Leaving Certificate Examination, 1917, 1917
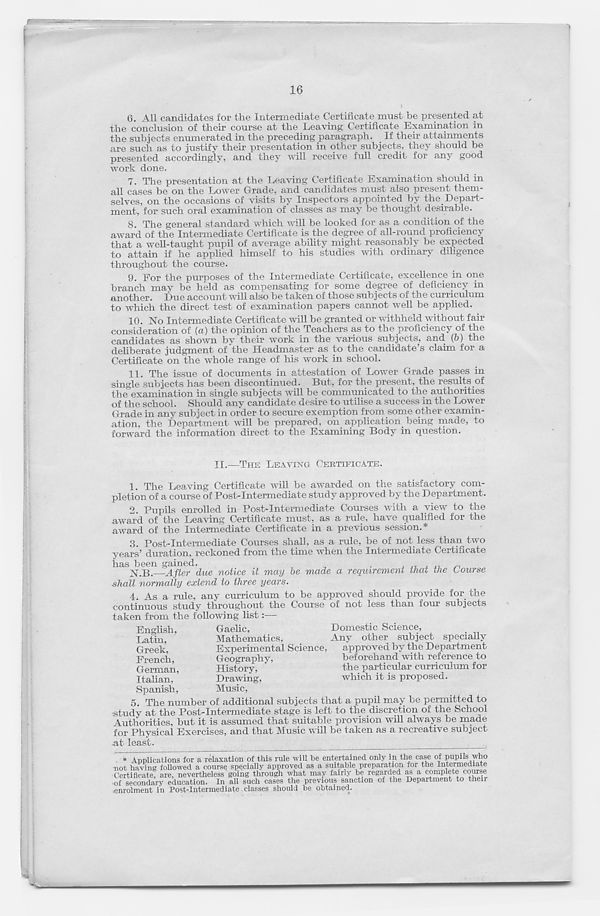
16
6. All candidates for the Intermediate Certificate must be presented at
the conclusion of their course at the Leaving Certificate Examination in
the subjects enumerated in the preceding paragraph. If their attainments
are such as to justify their presentation in other subjects, they should be
presented accordingly, and they will receive full credit for any good
work done.
7. The presentation at the Leaving Certificate Examination should in
all cases be on the Lower Grade, and candidates musi, also present them-
selves, on the occasions of visits by Inspectors appointed by the_ Depart-
ment, for such oral examination of classes as may be thought desirable.
8. The general standard which will be looked for as a condition of the
award of the Intermediate Certificate is the degree of all-round proficiency
that a well-taught pupil of average ability might reasonably be expected
to attain if he applied himself to his studies with ordinary diligence
throughout the course.
9. For the purposes of the Intermediate Certificate, excellence in one
branch may be held as compensating for some degree of deficiency in
another. Due account will also be taken of those subjects of the curriculum
to which the direct test of examination papers cannot well be applied.
10. No Intermediate Certificate will be granted or withheld without fair
consideration of {a) the opinion of the Teaehers as to the proficiency of the
candidates as shown by their work in the various subjects, and (5) the
deliberate judgment of the Headmaster as to the candidate’s claim for a
Certificate on the whole range of his work in school.
11. The issue of documents in attestation of Lower Grade passes in
single subjects has been discontinued. But, for the present, the results of
the examination in single subjects will be communicated to the authorities
of the school. Should any candidate desire to utilise a success in the Lower
Grade in anv subject in order to secure exemption from some other examin-
ation, the Department will be prepared, on application being made, to
forward the information direct to the Examining Body m question.
II.—THE LEAVING CERTIFICATE.
1. The Leaving Certificate will be awarded on the satisfactory com-
pletion of a course of Post-Intermediate study approved by the Department.
2. Pupils enrolled in Post-Intermediate Courses with a view to the
award of the Leaving Certificate must, as a rule, have qualified for the
award of the Intermediate Certificate in a previous session.*
3. Post-Intermediate Courses shall, as a rule, be of not less than two
years’ duration, reckoned from the time when the Intermediate Certificate
has been gained.
.
X.B. After due notice it may be made a requirement that the Course
shall normally extend to three years.
4. As a rule, any curriculum to be approved should provide for the
continuous study throughout the Course of not less than four subjects
taken from the following list:—
English,
Gaelic,
Latin,
Mathematics,
Greek,
Experimental Science
French,
Geography,
German,
History,
Italian,
Drawing,
Spanish,
Music,
Domestic Science,
Any other subject specially
approved by the Department
beforehand with reference to
the particular curriculum for
which it is proposed.
5 The number of additional subjects that a pupil may be permitted to
•study at the Post-Intermediate stage is left to the discretion of the School
Authorities, but it is assumed that suitable provision will always be made
for Physical Exercises, and that Music will be taken as a recreative subject
at least.
* Applications for a relaxation of this rule will be entertained only in the case of pupils who
not having followed a course specially approved as a suitable preparation for the Intermediate
Certificate, are, nevertheless going through what may fairly be regarded as a complete course
of secondary education. In all such cases the previous sanction of the Department to then
enrolment in Post-Intermediate classes should be obtained.